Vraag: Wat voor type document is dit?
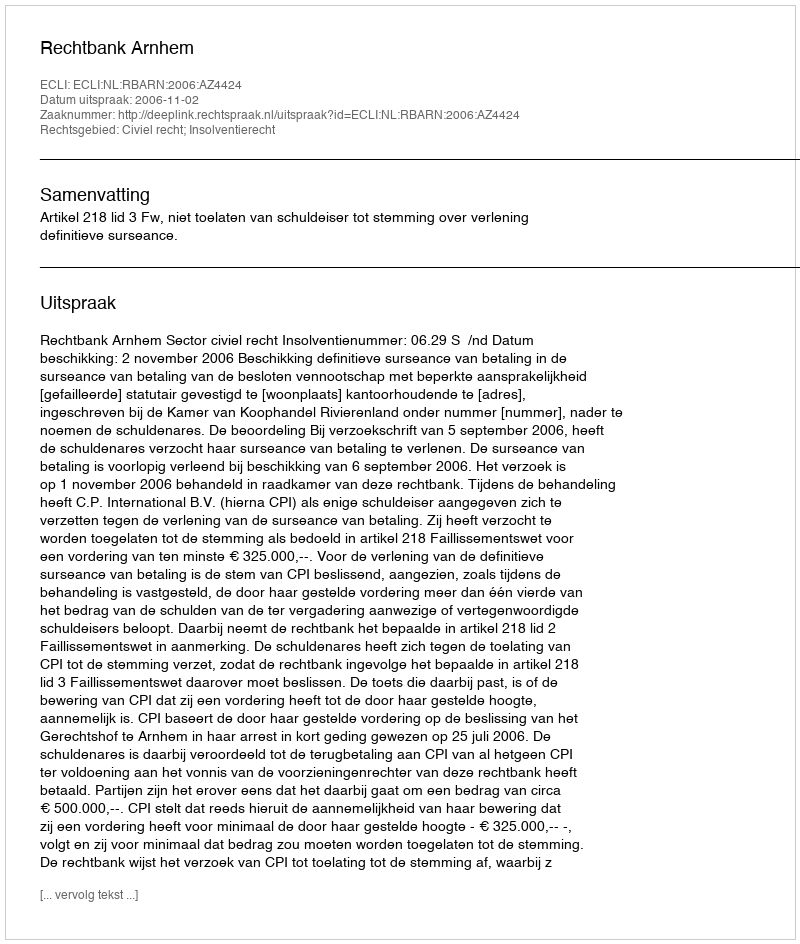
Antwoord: Uitspraak